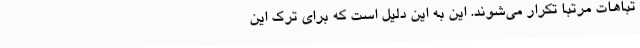
تباهات مرتباً تکرار می‌شوند. این به این دلیل است که برای ترک این